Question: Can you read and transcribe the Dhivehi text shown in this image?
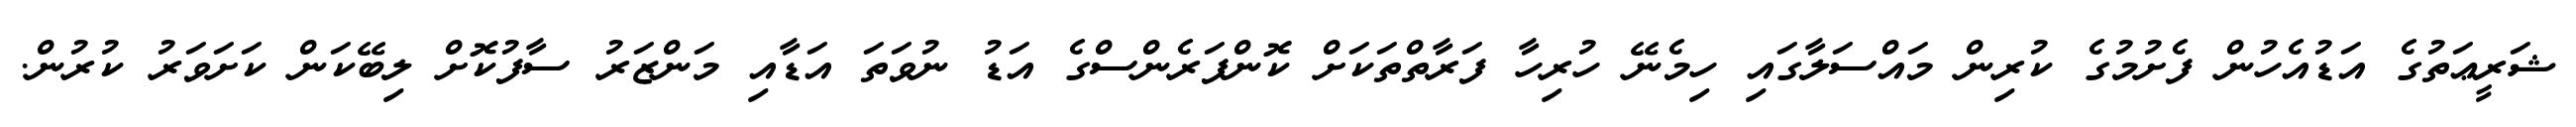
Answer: ޝަރީޢަތުގެ އަޑުއެހުން ފެށުމުގެ ކުރިން މައްސަލާގައި ހިމެނޭ ހުރިހާ ފަރާތްތަކަށް ކޮންފަރެންސްގެ އަޑު ނުވަތަ އަޑާއި މަންޒަރު ސާފުކޮށް ލިބޭކަން ކަށަވަރު ކުރުން.